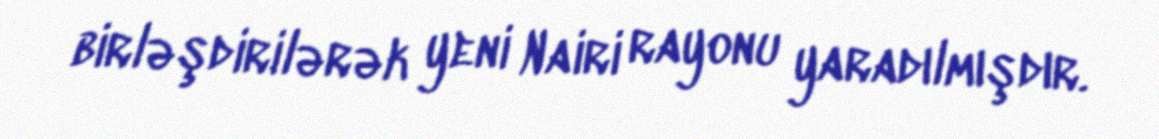
birləşdirilərək yeni Nairi rayonu yaradılmışdır.